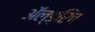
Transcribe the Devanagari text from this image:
ॲल्ड्रिच